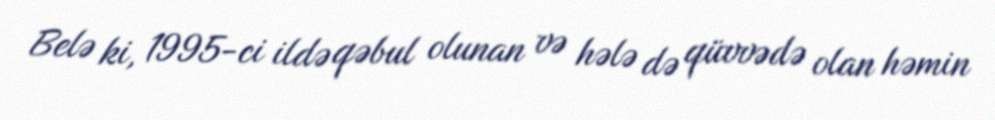
Belə ki, 1995-ci ildə qəbul olunan və hələ də qüvvədə olan həmin